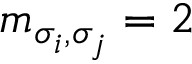
m _ { \sigma _ { i } , \sigma _ { j } } = 2